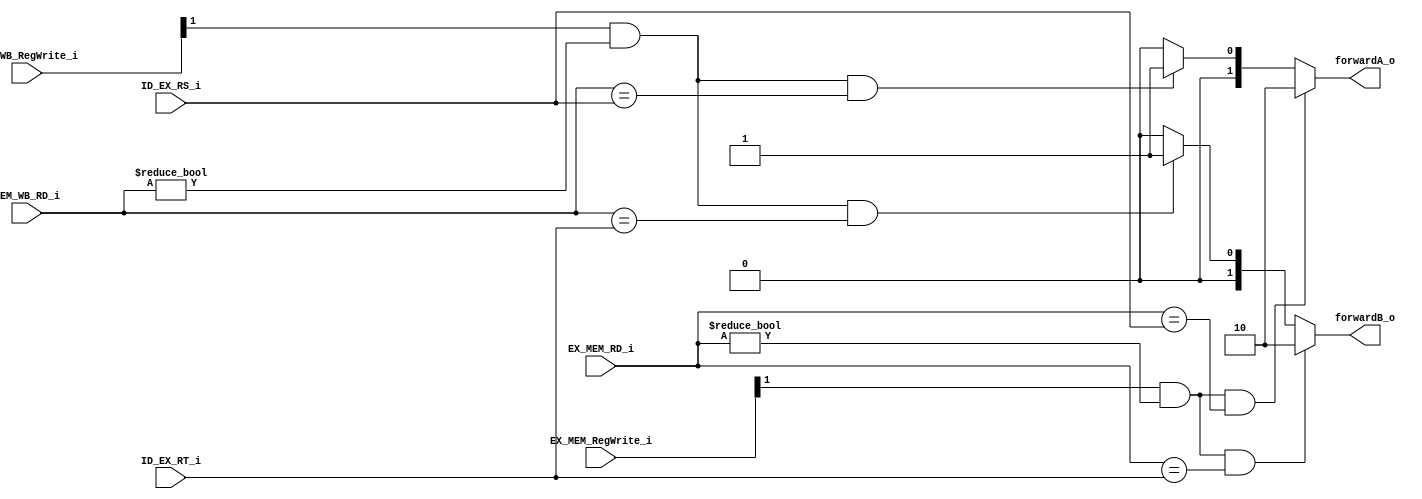
module FowardUnit(
    ID_EX_RS_i,
    ID_EX_RT_i,
    EX_MEM_RD_i,
    EX_MEM_RegWrite_i,
    MEM_WB_RD_i,
    MEM_WB_RegWrite_i,
    forwardA_o,
    forwardB_o 
);

input	[4:0]	ID_EX_RS_i;
input	[4:0]	ID_EX_RT_i;
input	[4:0]	EX_MEM_RD_i;
input	[4:0]	MEM_WB_RD_i;
input	[1:0]	EX_MEM_RegWrite_i;
input	[1:0]	MEM_WB_RegWrite_i;
output	reg [1:0]	forwardA_o = 2'b11; 
output	reg [1:0]	forwardB_o = 2'b11;

/*
reg 	[1:0]	forwardA_o;
reg 	[1:0]	forwardB_o;
*/

always@(EX_MEM_RegWrite_i or EX_MEM_RD_i or MEM_WB_RegWrite_i or MEM_WB_RD_i or ID_EX_RS_i) begin
	
	if (EX_MEM_RegWrite_i[1]==1'b1 && (EX_MEM_RD_i!=0) && (EX_MEM_RD_i==ID_EX_RS_i))	begin
		forwardA_o = 2'b10;
	end
	else if (MEM_WB_RegWrite_i[1]==1'b1 && (MEM_WB_RD_i!=0) && (MEM_WB_RD_i==ID_EX_RS_i))	begin
		forwardA_o = 2'b01;
	end
	else	begin
		forwardA_o = 2'b00;
	end
end

always@(EX_MEM_RegWrite_i or EX_MEM_RD_i or MEM_WB_RegWrite_i or MEM_WB_RD_i or ID_EX_RT_i) begin
	if (EX_MEM_RegWrite_i[1]==1'b1 && (EX_MEM_RD_i!=0) && (EX_MEM_RD_i==ID_EX_RT_i))	begin
		forwardB_o = 2'b10;
	end
	else if (MEM_WB_RegWrite_i[1]==1'b1 && (MEM_WB_RD_i!=0) && (MEM_WB_RD_i==ID_EX_RT_i))	begin
		forwardB_o = 2'b01;
	end
	else	begin
		forwardB_o = 2'b00;
	end
end


endmodule